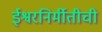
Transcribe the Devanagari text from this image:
ईश्वरनिर्मीतीची